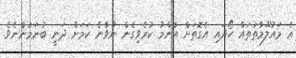
އެ މައުލޫމާތުތައް ހޯދައި އެގޮތަށް އާންމު ކުރެވިގެން ނުވާނެ ކަމަށް ދަނީ ބުނަމުންނެވެ.